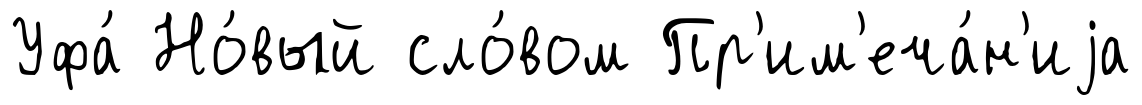
Уфа́ Но́вый сло́вом Пр'им'еча́н'иjа